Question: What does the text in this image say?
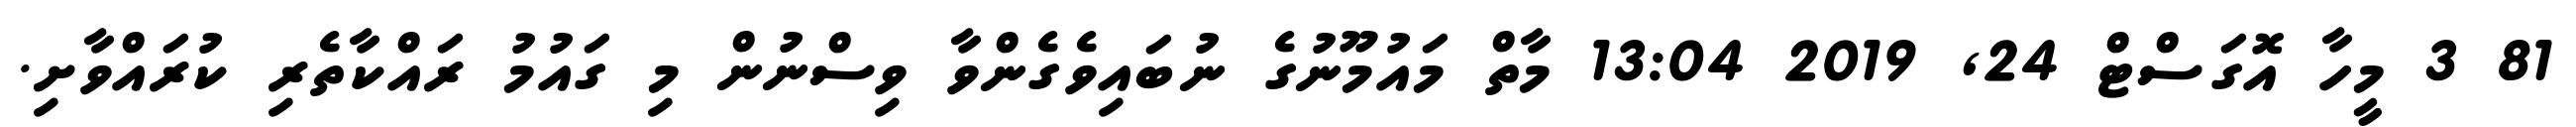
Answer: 81 3 މީހާ އޮގަސްޓް 24, 2019 13:04 މާތް މައުމޫނުގެ ނުބައިވެގެންވާ ވިސްނުން މި ގައުމު ރައްކާތެރި ކުރައްވާށި.